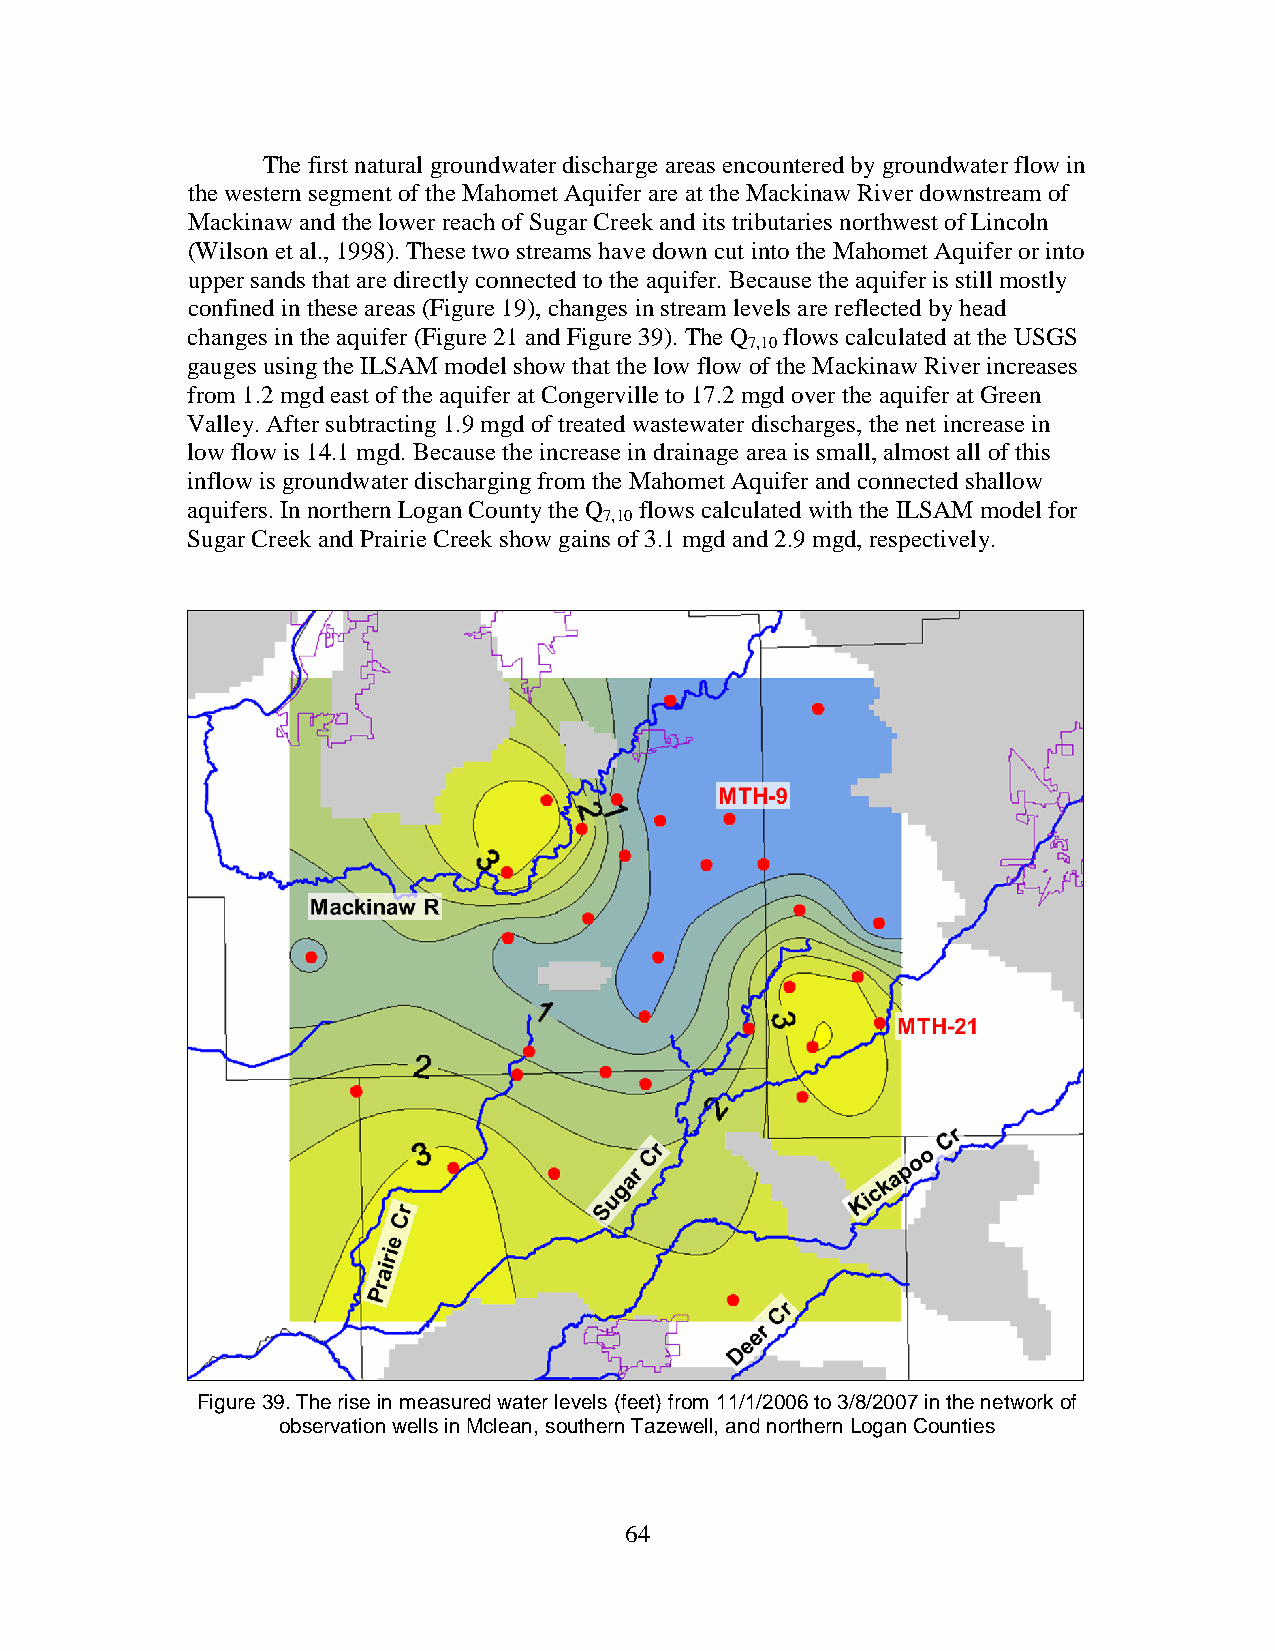
The first natural groundwater discharge areas encountered by groundwater flow in
 the western segment of the Mahomet Aquifer are at the Mackinaw River downstream of
 Mackinaw and the lower reach of Sugar Creek and its tributaries northwest of Lincoln
 (Wilson et al., 1998). These two streams have down cut into the Mahomet Aquifer or into
 upper sands that are directly connected to the aquifer. Because the aquifer is still mostly
 confined in these areas (Figure 19), changes in stream levels are reflected by head
 changes in the aquifer (Figure 21 and Figure 39). The Q flows calculated at the USGS
 7,10
 gauges using the ILSAM model show that the low flow of the Mackinaw River increases
 from 1.2 mgd east of the aquifer at Congerville to 17.2 mgd over the aquifer at Green
 Valley. After subtracting 1.9 mgd of treated wastewater discharges, the net increase in
 low flow is 14.1 mgd. Because the increase in drainage area is small, almost all of this
 inflow is groundwater discharging from the Mahomet Aquifer and connected shallow
 aquifers. In northern Logan County the Q flows calculated with the ILSAM model for
 7,10
 Sugar Creek and Prairie Creek show gains of 3.1 mgd and 2.9 mgd, respectively.
 Figure 39. The rise in measured water levels (feet) from 11/1/2006 to 3/8/2007 in the network of
 observation wells in Mclean, southern Tazewell, and northern Logan Counties
 64